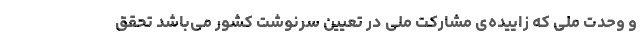
و وحدت ملی که زاییده‌ی مشارکت ملی در تعیین سرنوشت کشور می‌باشد تحقق